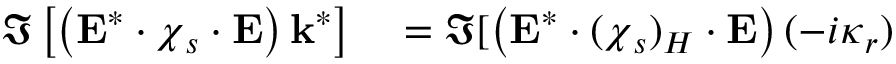
\begin{array} { r l } { \Im \left[ \left( \mathbf { E } ^ { * } \cdot \boldsymbol { \chi } _ { s } \cdot \mathbf { E } \right) \mathbf { k } ^ { * } \right] } & { { } = \Im [ \left( \mathbf { E } ^ { * } \cdot ( \boldsymbol { \chi } _ { s } ) _ { H } \cdot \mathbf { E } \right) ( - i \boldsymbol { \kappa } _ { r } ) } \end{array}